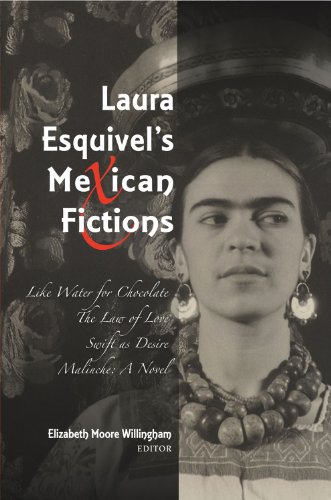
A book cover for Laura Esquivel's Mexican Fictions: Like Water for Chocolate, The Law of Love, Swift as Desire, Malinche: A Novel; Literature & Fiction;